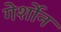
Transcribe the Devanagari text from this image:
गेर्शोन